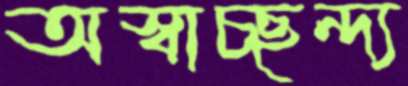
অস্বাচ্ছন্দ্য